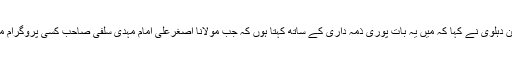
انجمن منہاج رسول کے صدر مولانا سید اطہر حسین دہلوی نے کہا کہ میں یہ بات پوری ذمہ داری کے ساتھ کہتا ہوں کہ جب مولانا اصغرعلی امام مہدی سلفی صاحب کسی پروگرام میں موجود ہوتے ہیں تو مجھے بڑا حوصلہ ملتا ہے۔